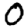
Digit: 0